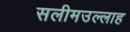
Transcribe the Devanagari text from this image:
सलीमउल्लाह